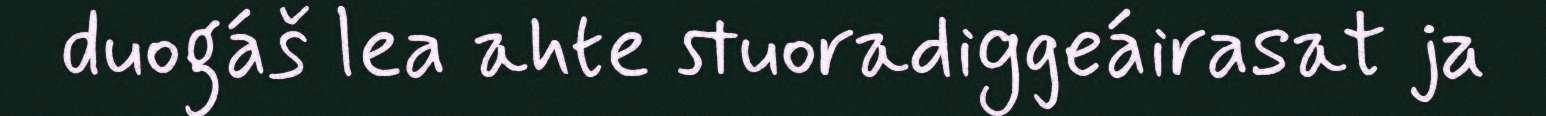
duogáš lea ahte stuoradiggeáirasat ja